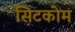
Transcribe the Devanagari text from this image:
सिटकोम